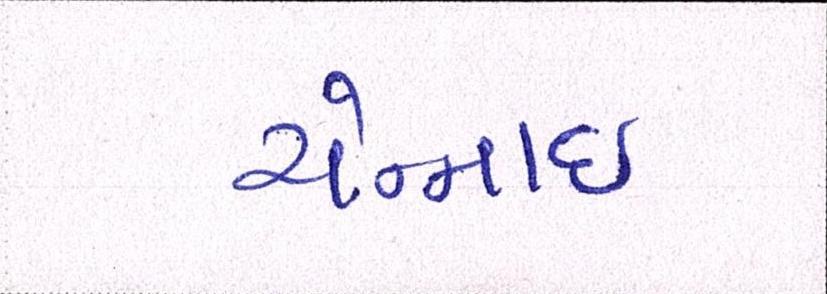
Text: ચેન્નાઇ